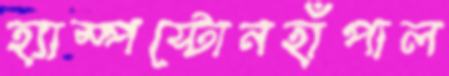
হ্যাম্পস্টোনহাঁপাল